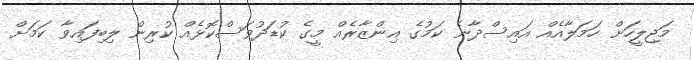
މަޖިލީހަށް ހަމަލާއެއް އައިސްދާނެ ކަމުގެ އިންޒާރެއް މީގެ ކުޑަދުވަސްކޮޅެއް ކުރިން ލިބިފައިވާ ކަމަށް